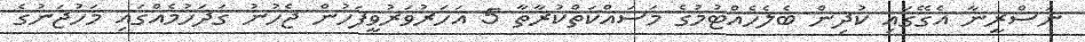
ނަސްރީނާ އެގޭގައި ކުދިން ބެލެހެއްޓުމުގެ މަސައްކަތްކުރާތާ 5 އަހަރުވަރުވީފަހުން ޖެހުނު ގަދަހުމެއްގައި މަހުޖަނުގެ